Scottish Certificate of Education, 1963
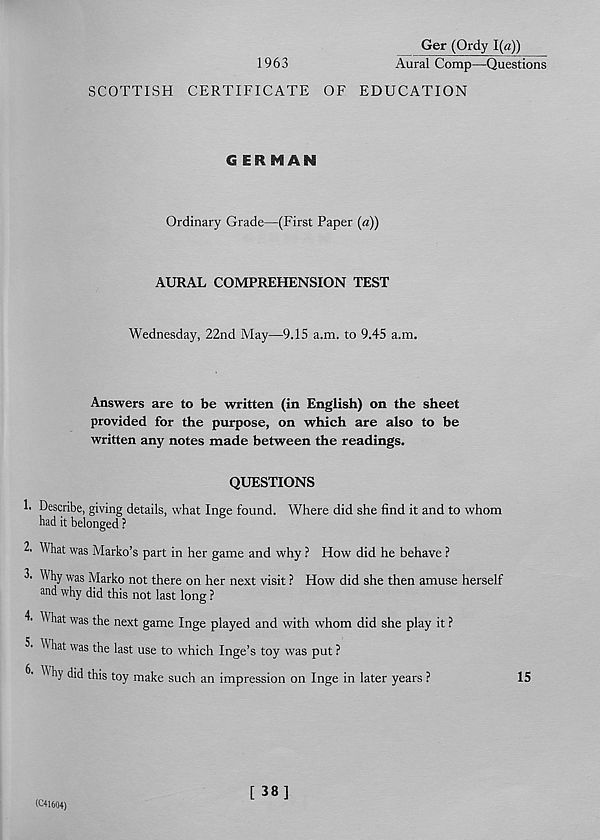
1963
Ger (Ordy 1(a))
Aural Comp—Questions
SCOTTISH CERTIFICATE OF EDUCATION
GERMAN
Ordinary Grade—(First Paper (a))
AURAL COMPREHENSION TEST
Wednesday, 22nd May—9.15 a.m. to 9.45 a.m.
Answers are to be written (in English) on the sheet
provided for the purpose, on which are also to be
written any notes made between the readings.
QUESTIONS
1. Describe, giving details, what Inge found. Where did she find it and to whom
had it belonged ?
2- What was Marko’s part in her game and why ? How did he behave ?
Why was Marko not there on her next visit ? How did she then amuse herself
and why did this not last long ?
4. What was the next game Inge played and with whom did she play it ?
What was the last use to which Inge’s toy was put ?
W hy did this toy make such an impression on Inge in later years ?
15
(C41604)
[ 38]